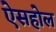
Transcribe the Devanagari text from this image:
ऐसहोल